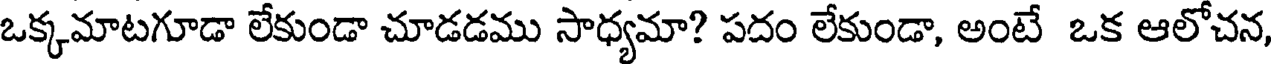
ఒక్కమాటగూడా లేకుండా చూడడము సాధ్యమా? పదం లేకుండా, అంటే ఒక ఆలోచన,